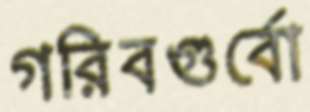
গরিবগুর্বো